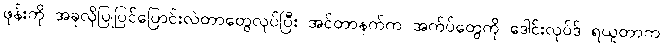
ဖုန်းကို အခုလိုပြုပြင်ပြောင်းလဲတာတွေလုပ်ပြီး အင်တာနက်က အက်ပ်တွေကို ဒေါင်းလုပ်ဒ် ရယူတာက